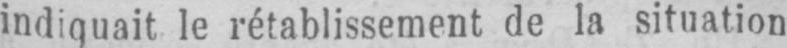
indiquait le rétablissement de la situation